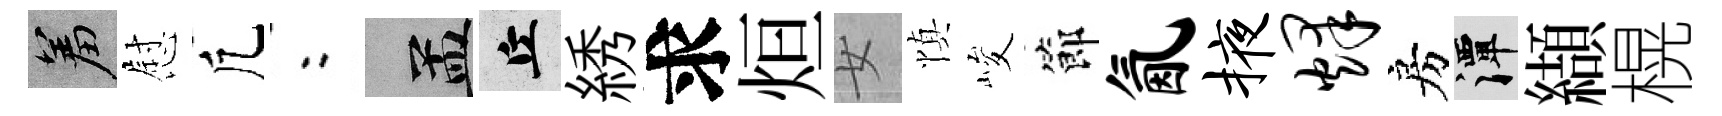
羞慰凢欸汴丘綉求烜女慎峻節氤掖烽房潭纈榥